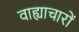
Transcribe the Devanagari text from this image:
वाह्याचारों